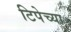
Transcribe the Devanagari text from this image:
टिपेच्या